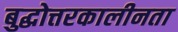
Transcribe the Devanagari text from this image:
बुद्धोत्तरकालीनता